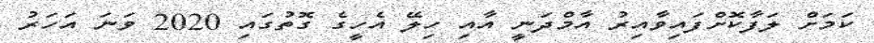
ކަމަށް ލަފާކޮށްފައިވާއިރު އާމްދަނީ އާއި ހިލޭ އެހީގެ ގޮތުގައި 2020 ވަނަ އަހަރު